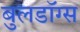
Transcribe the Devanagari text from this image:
बुलडॉग्स